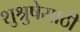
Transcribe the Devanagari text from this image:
शुश्रुषेसाठी